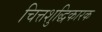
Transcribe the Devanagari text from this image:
चित्तशुद्धिकारक